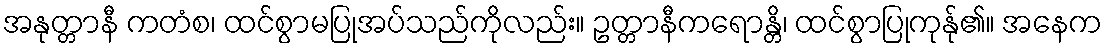
အနုတ္တာနီ ကတံစ၊ ထင်စွာမပြုအပ်သည်ကိုလည်း။ ဥတ္တာနီကရောန္တိ၊ ထင်စွာပြုကုန်ု၏။ အနေက